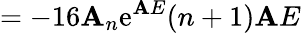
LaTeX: =-16\mathbf{A}_{n}\mathrm{{e}}^{\mathbf{A}E}(n+1)\mathbf{A}E